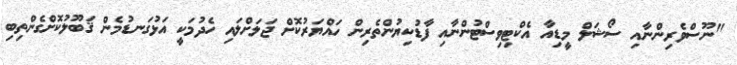
"ނޫސްވެރިންނާއި ސޯޝަލް މީޑިއާ އެކްޓިވިސްޓުންނާއި ފާޑުކިޔުންތެރިން ހައްޔަރުކޮށް ޖަލަށްލައި ހެދުމަކީ އަޅުގަނޑުމެން ޤަބޫލުކޮށްގެންތިބި